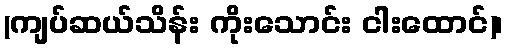
(ကျပ်ဆယ်သိန်း ကိုးသောင်း ငါးထောင်)၊